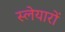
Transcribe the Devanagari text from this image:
स्लेयारों